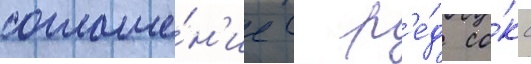
соглаше́н'ие с р'е́д со́кс